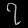
Digit: ၇